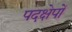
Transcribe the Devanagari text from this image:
पदक्षेपों